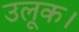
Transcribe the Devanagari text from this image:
उलूक।